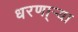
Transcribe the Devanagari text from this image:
धरणा्र्‍या